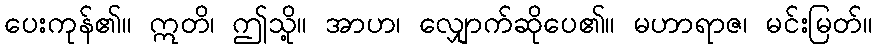
ပေးကုန်၏။ ဣတိ၊ ဤသို့။ အာဟ၊ လျှောက်ဆိုပေ၏။ မဟာရာဇ၊ မင်းမြတ်။